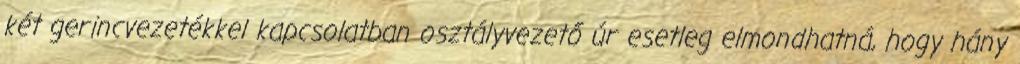
két gerincvezetékkel kapcsolatban osztályvezető úr esetleg elmondhatná, hogy hány